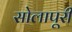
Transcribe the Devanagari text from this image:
सोलापूरी